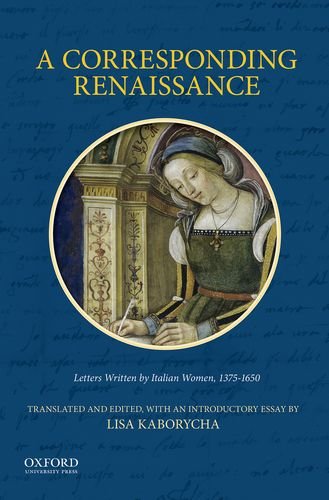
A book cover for A Corresponding Renaissance: Letters Written by Italian Women, 1375-1650; Lisa Kaborycha; Literature & Fiction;